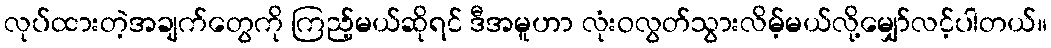
လုပ်ထားတဲ့အချက်တွေကို ကြည့်မယ်ဆိုရင် ဒီအမူဟာ လုံးဝလွတ်သွားလိမ့်မယ်လို့မျှော်လင့်ပါတယ်။